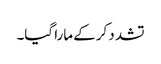
تشدد کرکے مارا گیا۔